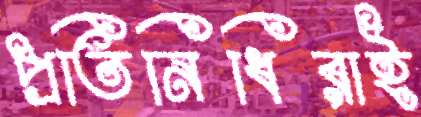
প্রতিনিধিরাই